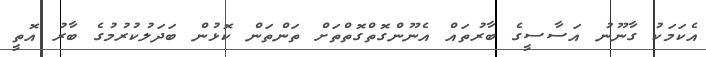
އެކަމަކު ގާނޫނު އަސާސީގެ ބާރުތައް އެނޫންގޮތްގޮތްތަށް ތަންތަން ކޮޅުން ބަދަލުކުރުމުގެ ބާރު އޮތީ